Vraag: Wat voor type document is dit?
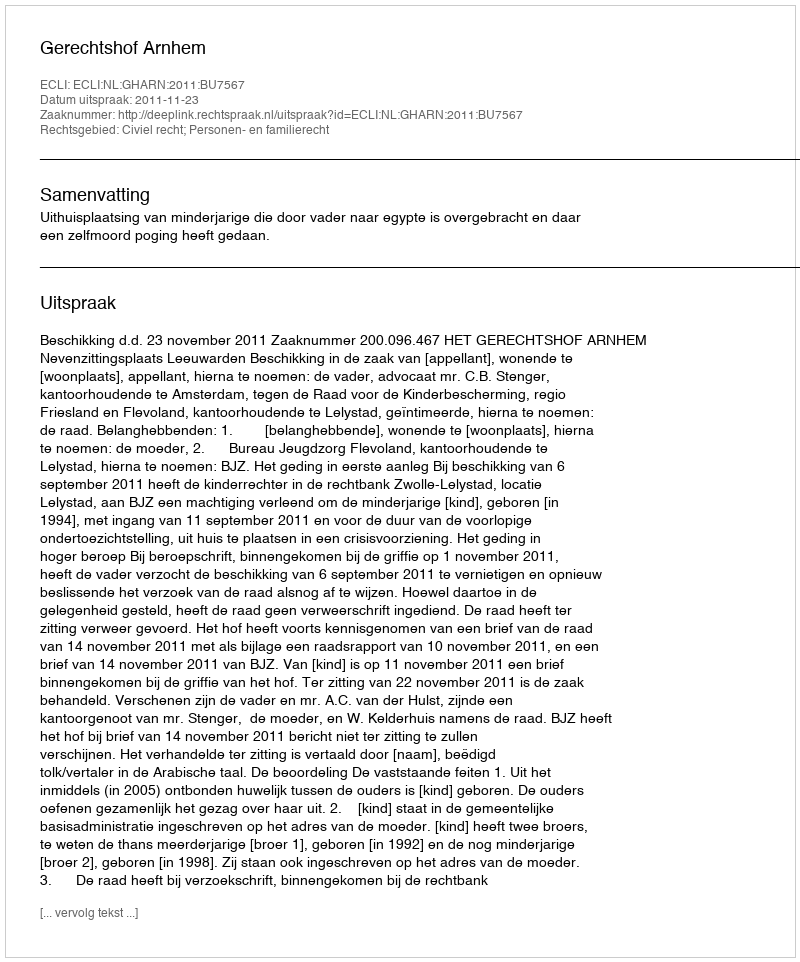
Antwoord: Uitspraak